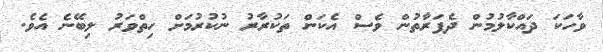
ވާހަކަ ދައްކާލުމުން ދެފަރާތުން ވެސް އެކަން ތަކުރާރު ނުކުރުމަށް ހިތްވަރު ލިބޭނެ އެވެ.